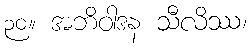
၃၀။ အဘိဝါဒန သီလိဿ၊